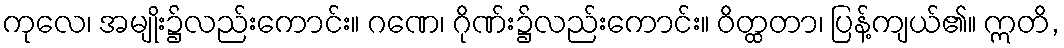
ကုလေ၊ အမျိုး၌လည်းကောင်း။ ဂဏေ၊ ဂိုဏ်း၌လည်းကောင်း။ ဝိတ္ထတာ၊ ပြန့်ကျယ်၏။ ဣတိ,